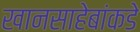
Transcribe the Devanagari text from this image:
खानसाहेबांकडे